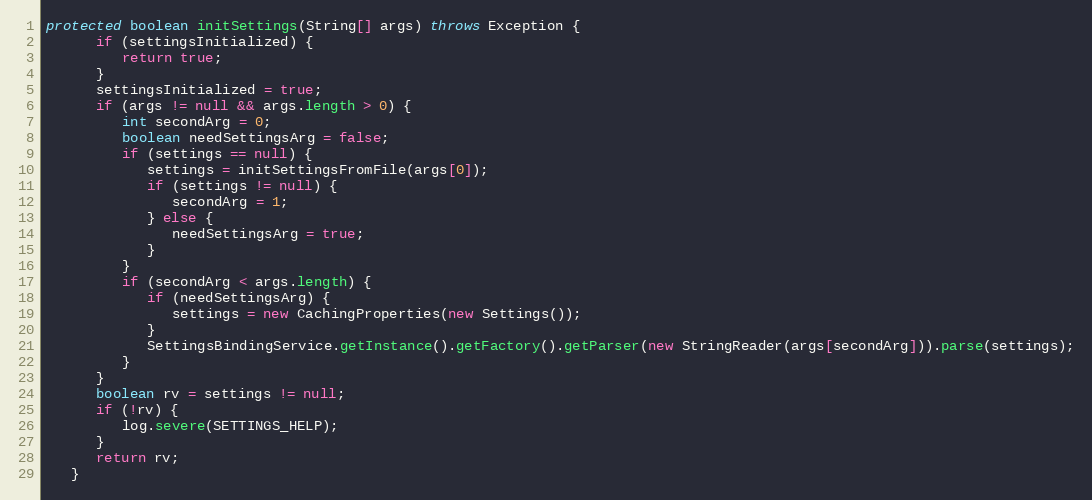
Language: Java
protected boolean initSettings(String[] args) throws Exception {
      if (settingsInitialized) {
         return true;
      }
      settingsInitialized = true;
      if (args != null && args.length > 0) {
         int secondArg = 0;
         boolean needSettingsArg = false;
         if (settings == null) {
            settings = initSettingsFromFile(args[0]);
            if (settings != null) {
               secondArg = 1;
            } else {
               needSettingsArg = true;
            }
         }
         if (secondArg < args.length) {
            if (needSettingsArg) {
               settings = new CachingProperties(new Settings());
            }
            SettingsBindingService.getInstance().getFactory().getParser(new StringReader(args[secondArg])).parse(settings);
         }
      }
      boolean rv = settings != null;
      if (!rv) {
         log.severe(SETTINGS_HELP);
      }
      return rv;
   }